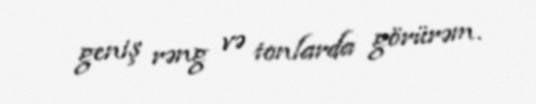
geniş rəng və tonlarda görürəm.